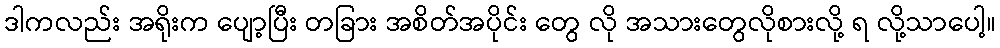
ဒါကလည်း အရိုးက ပျော့ပြီး တခြား အစိတ်အပိုင်း တွေ လို အသားတွေလိုစားလို့ ရ လို့သာပေါ့။